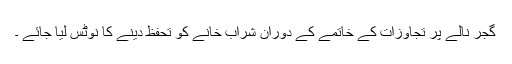
گجر نالے پر تجاوزات کے خاتمے کے دوران شراب خانے کو تحفظ دینے کا نوٹس لیا جائے ۔